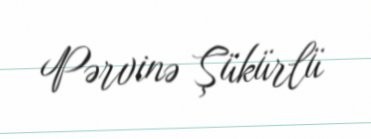
Pərvinə Şükürlü